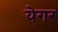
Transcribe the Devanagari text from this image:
येगर